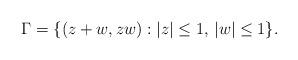
LaTeX: \begin{align*}\Gamma=\{(z+w,zw): |z|\leq1, \, |w|\leq 1\}.\end{align*}